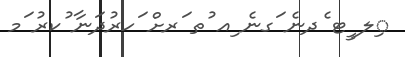
ިލ ީޓ ެދނެ ަގނެ ިއ ުތ ަރށް ަހރުދަނާ ުކރު ަމ